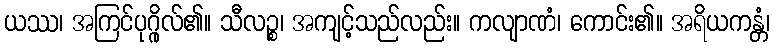
ယဿ၊ အကြင်ပုဂ္ဂိုလ်၏။ သီလဉ္စ၊ အကျင့်သည်လည်း။ ကလျာဏံ၊ ကောင်း၏။ အရိယကန္တံ၊